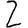
Digit: 2